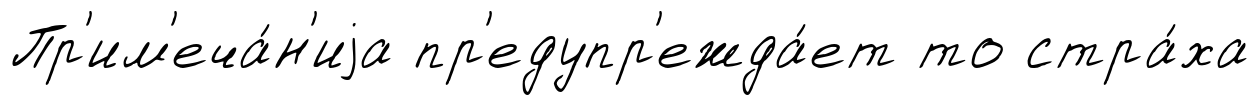
Пр'им'еча́н'иjа пр'едупр'ежда́ет то стра́ха